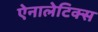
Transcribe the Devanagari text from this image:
ऐनालेटिक्स